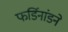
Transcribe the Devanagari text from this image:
फर्डिनांडने